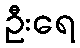
ဦးရေ